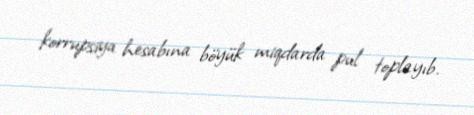
korrupsiya hesabına böyük miqdarda pul toplayıb.